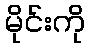
မိုင်းကို